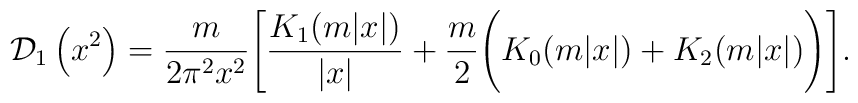
{\cal D}_1\left(x^2\right)=\frac{m}{2\pi^2x^2}\Biggl[\frac{K_1(m|x|)}{\left|x\right|}+\frac{m}{2}\Biggl(K_0(m|x|)+K_2(m|x|)\Biggr)\Biggr].